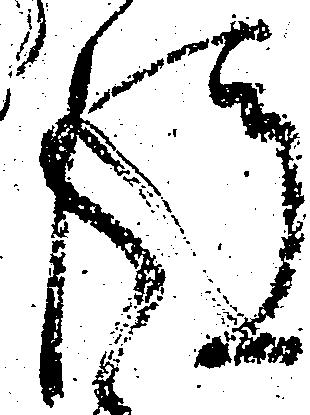
後